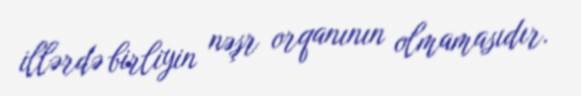
illərdə birliyin nəşr orqanının olmamasıdır.